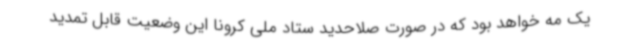
یک مه خواهد بود که در صورت صلاحدید ستاد ملی کرونا این وضعیت قابل تمدید